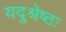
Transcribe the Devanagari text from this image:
यदुश्रेष्ठः